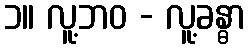
၁။ လူ့ဘဝ - လူ့ခန္ဓာ